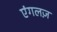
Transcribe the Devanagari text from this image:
एंगलज़